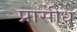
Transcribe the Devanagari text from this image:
प्रासीध